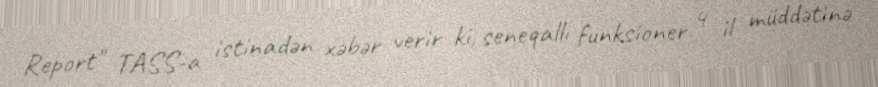
Report" TASS-a istinadən xəbər verir ki, seneqallı funksioner 4 il müddətinə